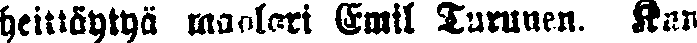
heittäytyä maalari Emil Turunen. Kun